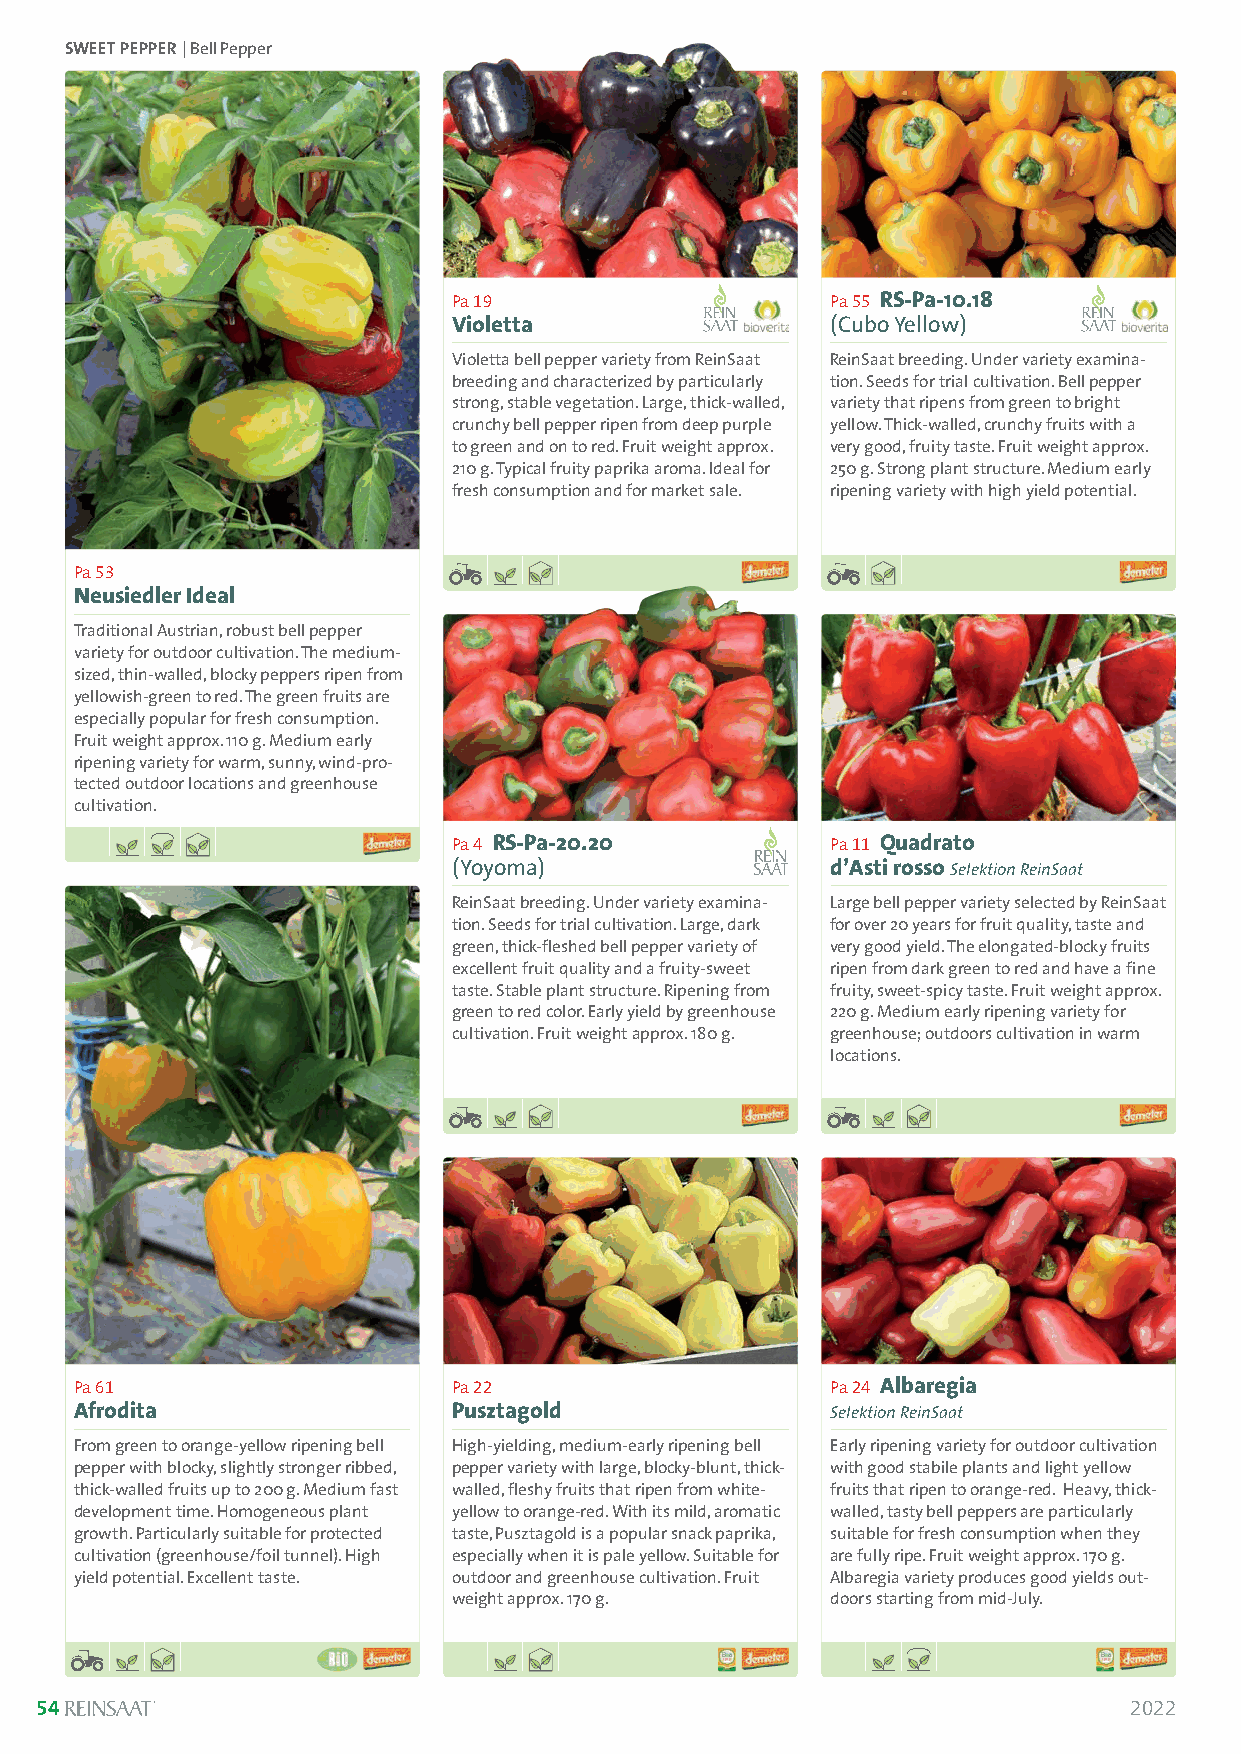
SWEET PEPPER| Bell Pepper
 Pa 19                    Pa 55 RS-Pa-10.18
 Violetta                 (Cubo Yellow)
 Violetta bell pepper variety from ReinSaat ReinSaat breeding. Under variety examina-
 breeding and characterized by particularly tion. Seeds for trial cultivation. Bell pepper
 strong, stable vegetation. Large, thick-walled, variety that ripens from green to bright
 crunchy bell pepper ripen from deep purple yellow. Thick-walled, crunchy fruits with a
 to green and on to red. Fruit weight approx. very good, fruity taste. Fruit weight approx.
 210 g. Typical fruity paprika aroma. Ideal for 250 g. Strong plant structure. Medium early
 fresh consumption and for market sale. ripening variety with high yield potential.
 Pa 53
 Neusiedler Ideal
 Traditional Austrian, robust bell pepper
 variety for outdoor cultivation. The medium-
 sized, thin-walled, blocky peppers ripen from
 yellowish-green to red. The green fruits are
 especially popular for fresh consumption.
 Fruit weight approx. 110 g. Medium early
 ripening variety for warm, sunny, wind-pro-
 tected outdoor locations and greenhouse
 cultivation.
 Pa 4 RS-Pa-20.20         Pa 11 Quadrato
 (Yoyoma)                 d’Asti rosso Selektion ReinSaat
 ReinSaat breeding. Under variety examina- Large bell pepper variety selected by ReinSaat
 tion. Seeds for trial cultivation. Large, dark for over 20 years for fruit quality, taste and
 green, thick-fleshed bell pepper variety of very good yield. The elongated-blocky fruits
 excellent fruit quality and a fruity-sweet ripen from dark green to red and have a fine
 taste. Stable plant structure. Ripening from fruity, sweet-spicy taste. Fruit weight approx.
 green to red color. Early yield by greenhouse 220 g. Medium early ripening variety for
 cultivation. Fruit weight approx. 180 g. greenhouse; outdoors cultivation in warm
 locations.
 Pa 61                    Pa 22                    Pa 24 Albaregia
 Afrodita                 Pusztagold               Selektion ReinSaat
 From green to orange-yellow ripening bell High-yielding, medium-early ripening bell Early ripening variety for outdoor cultivation
 pepper with blocky, slightly stronger ribbed, pepper variety with large, blocky-blunt, thick- with good stabile plants and light yellow
 thick-walled fruits up to 200 g. Medium fast walled, fleshy fruits that ripen from white- fruits that ripen to orange-red. Heavy, thick-
 development time. Homogeneous plant yellow to orange-red. With its mild, aromatic walled, tasty bell peppers are particularly
 growth. Particularly suitable for protected taste, Pusztagold is a popular snack paprika, suitable for fresh consumption when they
 cultivation (greenhouse/foil tunnel). High especially when it is pale yellow. Suitable for are fully ripe. Fruit weight approx. 170 g.
 yield potential. Excellent taste. outdoor and greenhouse cultivation. Fruit Albaregia variety produces good yields out-
 weight approx. 170 g.    doors starting from mid-July.
 54                                                                       2022